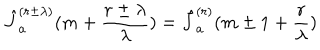
LaTeX: \hat { J } _ { a } ^ { ( r \pm \lambda ) } ( m + \frac { r \pm \lambda } { \lambda } ) = \hat { J } _ { a } ^ { ( r ) } ( m \pm 1 + \frac { r } { \lambda } )